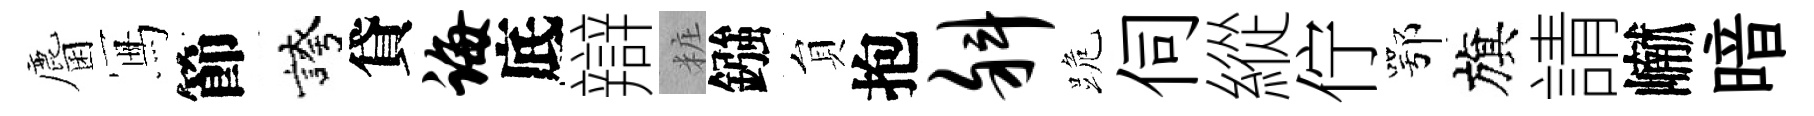
麕冩節誇貸诲底辯粧鏹貟抱斜跪伺縱佇鄂旗請𪩘暗